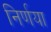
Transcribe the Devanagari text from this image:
निर्णया